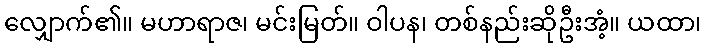
လျှောက်၏။ မဟာရာဇ၊ မင်းမြတ်။ ဝါပန၊ တစ်နည်းဆိုဦးအံ့။ ယထာ၊